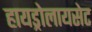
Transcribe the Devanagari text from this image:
हायड्रोलायसेट